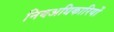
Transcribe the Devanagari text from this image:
नियअधिकारियों